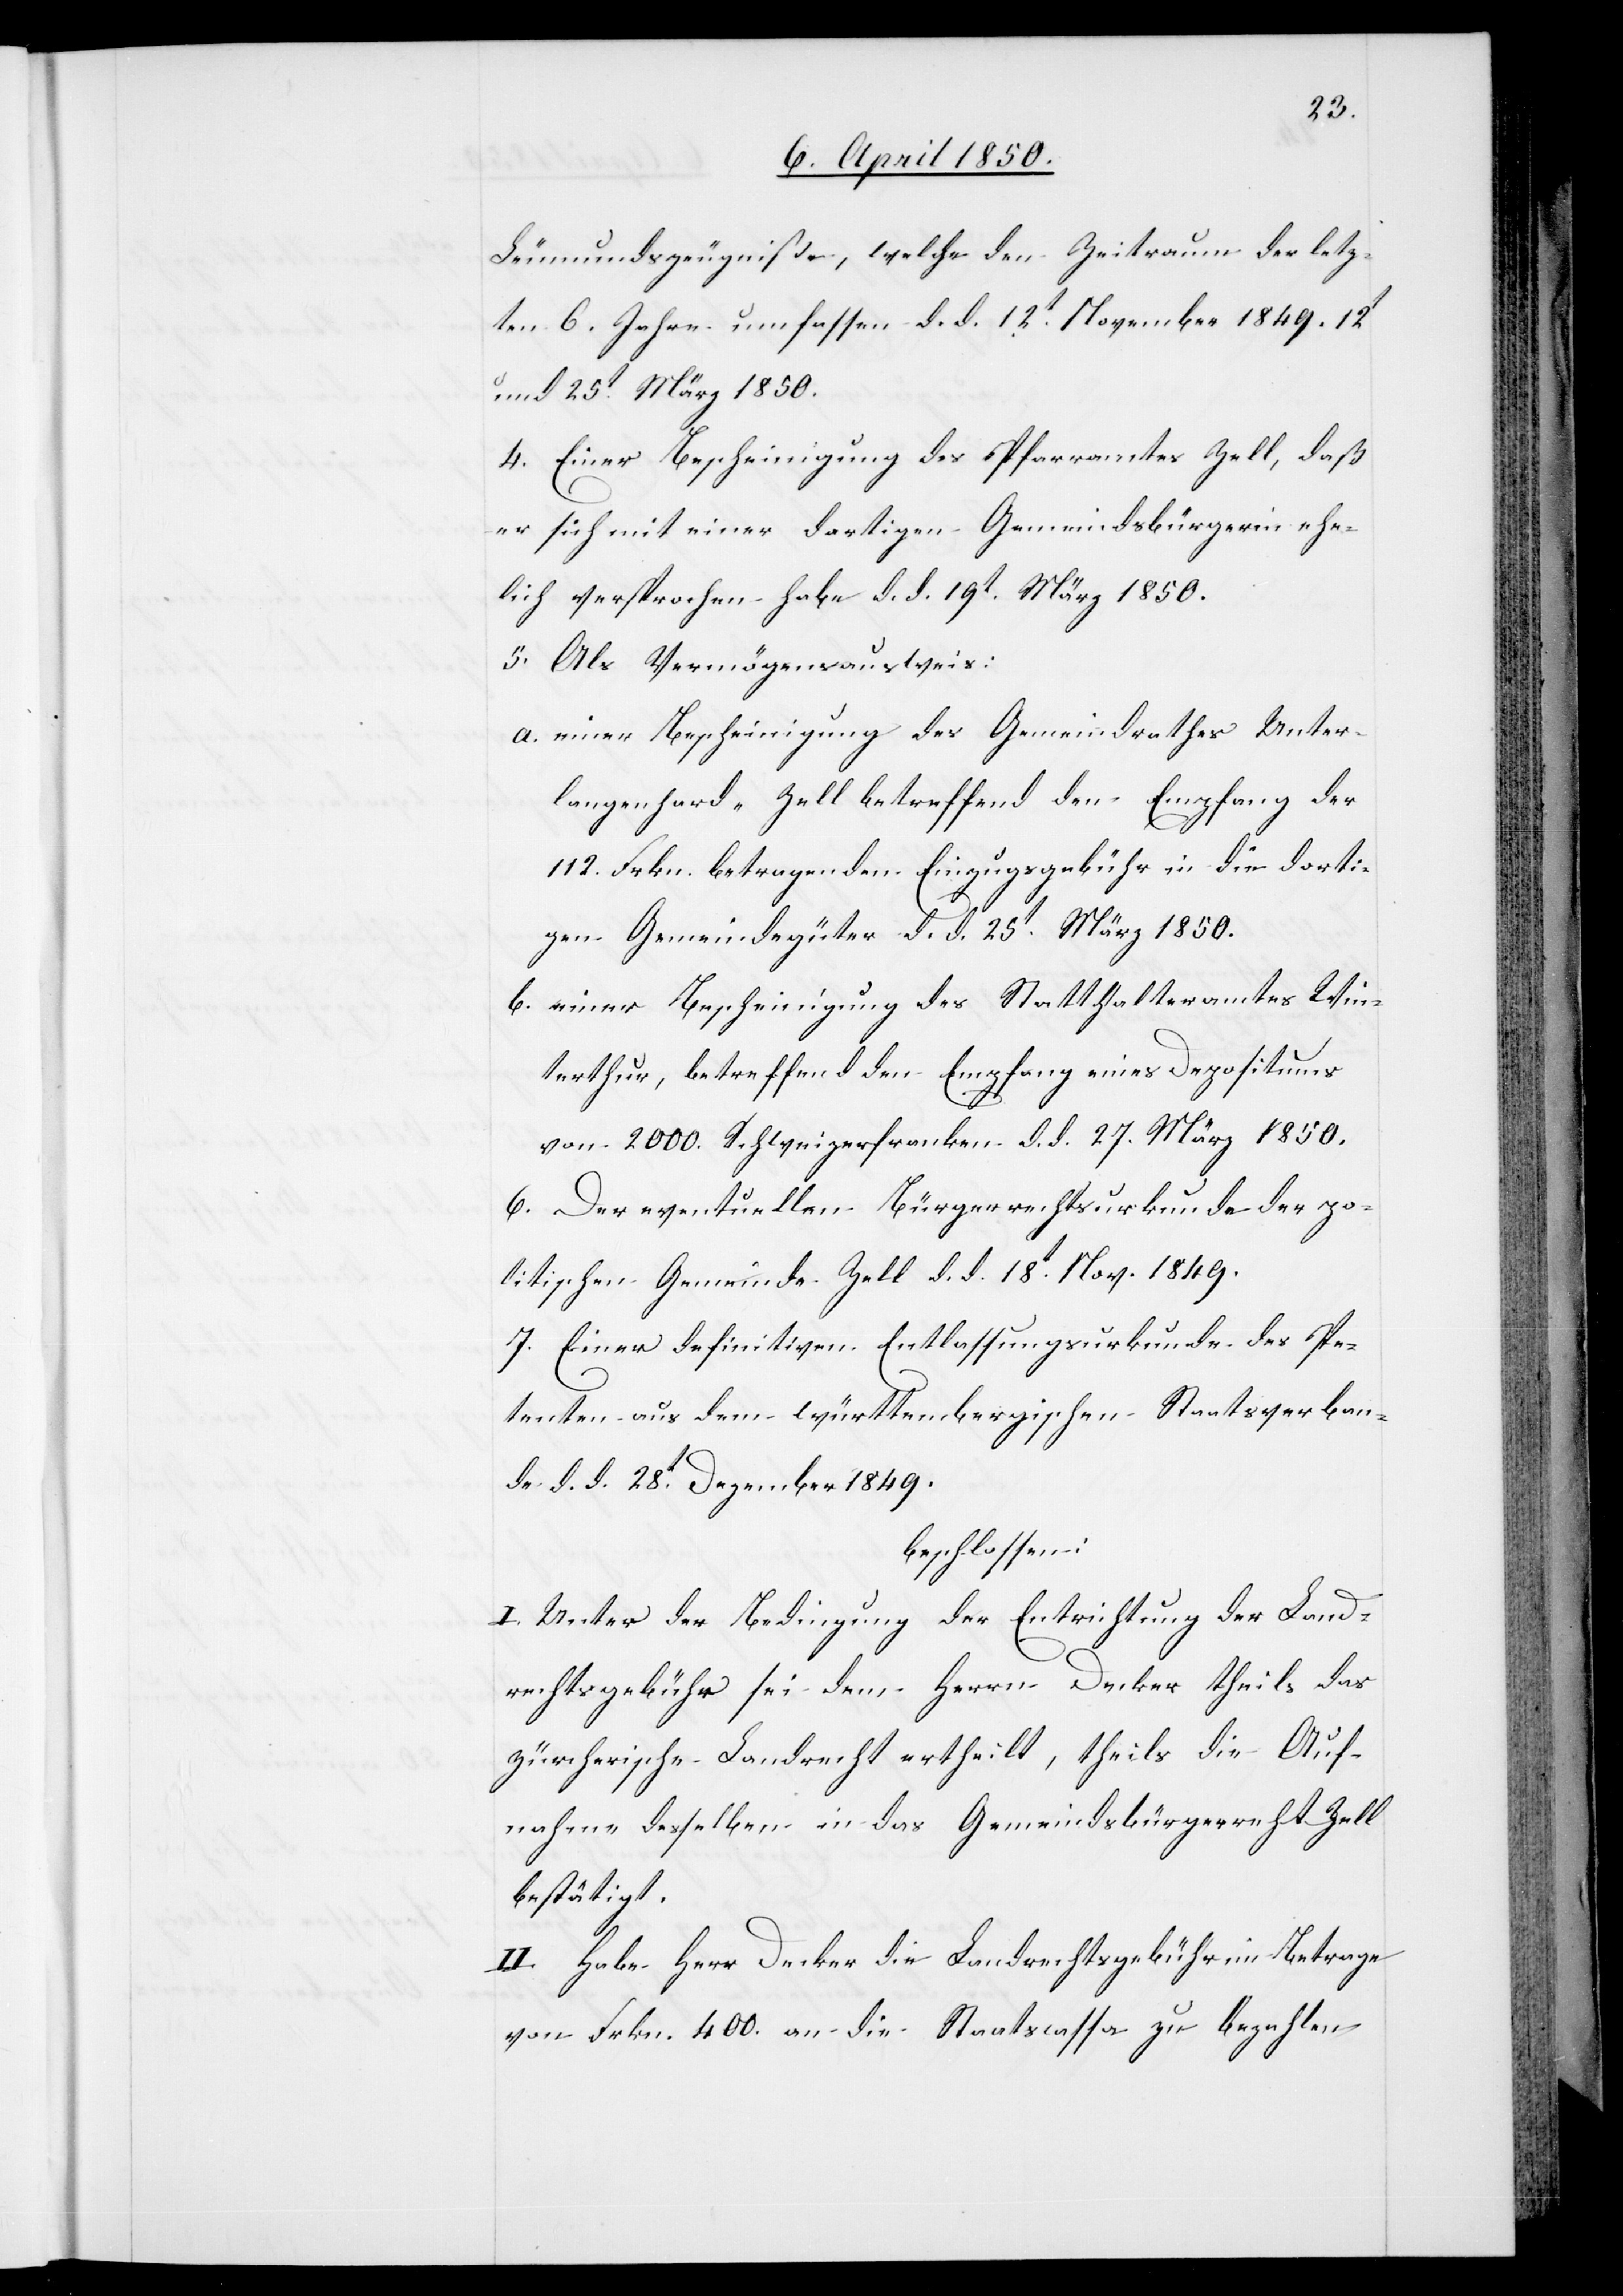
Leumundszeugniße, welche den Zeitraum der letz¬
ten 6. Jahre umfassen d. d. 12t November 1849.[,]
und 25t März 1850.
4. Einer Bescheinigung des Pfarramtes Zell, daß
er sich mit einer dortigen Gemeindsbürgerin ehe¬
lich versprochen habe d. d. 19t März 1850.
5. Als Vermögensausweis:
a. einer Bescheinigung des Gemeindrathes Unter¬
langenhard-Zell betreffend den Empfang der
112. Frkn. betragenden Einzugsgebühr in die dorti¬
gen Gemeindegüter d. d. 25t März 1850.
b. einer Bescheinigung des Statthalteramtes Win¬
terthur, betreffend den Empfang eines Depositums
von 2000. Schweizerfranken d. d. 27. März 1850.
6. Der eventuellen Bürgerrechtsurkunde der po¬
litischen Gemeinde Zell d. d. 18t May. 1849.
7. Einer definitiven Entlassungsurkunde des Pe¬
tenten aus dem württembergischen Staatsverban¬
de d. d. 28t Dezember 1849.
beschlossen:
I. Unter der Bedingung der Entrichtung der Land¬
rechtsgebühr sei dem Herrn Decker theils das
zürcherische Landrecht ertheilt, theils die Auf¬
nahme desselben in das Gemeindsbürgerre[c]ht Zell
bestätigt.
II. Habe Herr Decker die Landrechtsgebühr im Betrage
von Frkn. 400. an die Staatscassa zu bezahlen